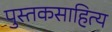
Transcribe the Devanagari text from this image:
पुस्तकसाहित्य